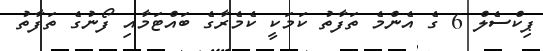
ޕިކްސެލް 6 ގެ އެންމެ ތަފާތު ކަމަކީ ކެމެރާގެ ބައްޓަމާއި ފޯނުގެ ތަފާތު